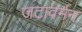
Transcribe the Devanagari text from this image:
जटावर्मन